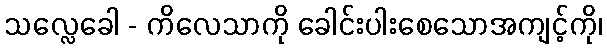
သလ္လေခေါ - ကိလေသာကို ခေါင်းပါးစေသောအကျင့်ကို၊